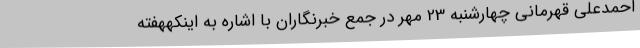
احمدعلی قهرمانی چهارشنبه 23 مهر در جمع خبرنگاران با اشاره به اینکههفته